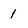
Character: 1